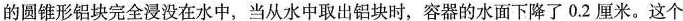
的圆锥形铝块完全浸没在水中，当从水中取出铝块时，容器的水面下降了0.2厘米。这个